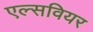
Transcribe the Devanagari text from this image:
एल्सवियर